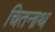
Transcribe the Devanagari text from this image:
चितनाथ